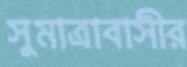
সুমাত্রাবাসীর